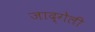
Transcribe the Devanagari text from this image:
जाद्गेली